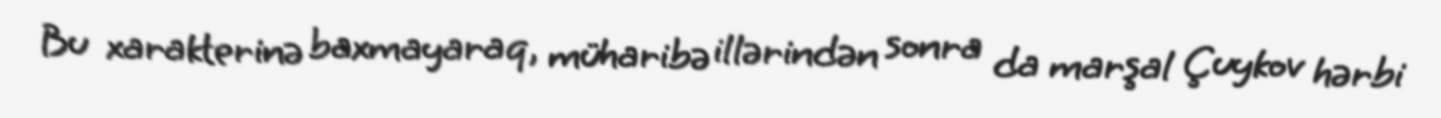
Bu xarakterinə baxmayaraq, müharibə illərindən sonra da marşal Çuykov hərbi